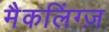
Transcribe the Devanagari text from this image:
मैकलिंग्ज़